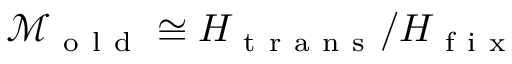
\mathcal { M } _ { \mathrm { ~ o ~ l ~ d ~ } } \cong H _ { \mathrm { ~ t ~ r ~ a ~ n ~ s ~ } } / H _ { \mathrm { ~ f ~ i ~ x ~ } }